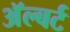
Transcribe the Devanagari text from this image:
अॅल्बर्ट